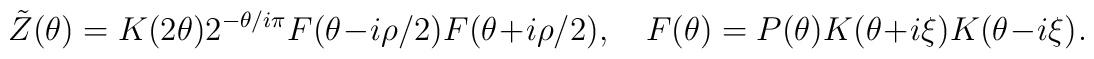
\tilde{Z}(\theta )=K(2\theta )2^{-\theta /i\pi }F(\theta -i\rho /2)F(\theta +i\rho /2),\quad F(\theta )=P(\theta )K(\theta +i\xi )K(\theta -i\xi )\: .